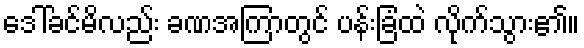
ဒေါ်ခင်မိလည်း ခဏအကြာတွင် ပန်းခြံထဲ လိုက်သွား၏။